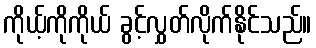
ကိုယ့်ကိုကိုယ် ခွင့်လွှတ်လိုက်နိုင်သည်။